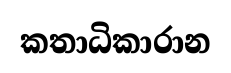
කතාධිකාරාන